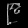
Digit: ၉